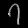
Digit: ၇